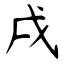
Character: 戌